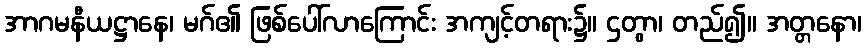
အာဂမနီယဋ္ဌာနေ၊ မဂ်၏ ဖြစ်ပေါ်လာကြောင်း အကျင့်တရား၌။ ဌတွာ၊ တည်၍။ အတ္တနော၊